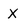
Character: X